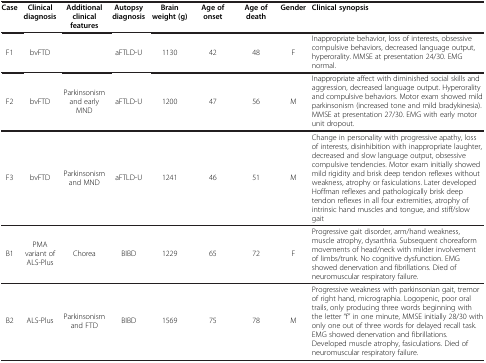
<table><thead><tr><td><b>Case</b></td><td><b>Clinical diagnosis</b></td><td><b>Additional clinical features</b></td><td><b>Autopsy diagnosis</b></td><td><b>Brain weight (g)</b></td><td><b>Age of onset</b></td><td><b>Age of death</b></td><td><b>Gender</b></td><td><b>Clinical synopsis</b></td></tr></thead><tbody><tr><td>F1</td><td>bvFTD</td><td> </td><td>aFTLD-U</td><td>1130</td><td>42</td><td>48</td><td>F</td><td>Inappropriate behavior, loss of interests, obsessive compulsive behaviors, decreased language output, hyperorality. MMSE at presentation 24/30. EMG normal.</td></tr><tr><td>F2</td><td>bvFTD</td><td>Parkinsonism and early MND</td><td>aFTLD-U</td><td>1200</td><td>47</td><td>56</td><td>M</td><td>Inappropriate affect with diminished social skills and aggression, decreased language output. Hyperorality and compulsive behaviors. Motor exam showed mild parkinsonism (increased tone and mild bradykinesia). MMSE at presentation 27/30. EMG with early motor unit dropout.</td></tr><tr><td>F3</td><td>bvFTD</td><td>Parkinsonism and MND</td><td>aFTLD-U</td><td>1241</td><td>46</td><td>51</td><td>M</td><td>Change in personality with progressive apathy, loss of interests, disinhibition with inappropriate laughter, decreased and slow language output, obsessive compulsive tendencies. Motor exam initially showed mild rigidity and brisk deep tendon reflexes without weakness, atrophy or fasiculations. Later developed Hoffman reflexes and pathologically brisk deep tendon reflexes in all four extremities, atrophy of intrinsic hand muscles and tongue, and stiff/slow gait</td></tr><tr><td>B1</td><td>PMA variant of ALS-Plus</td><td>Chorea</td><td>BIBD</td><td>1229</td><td>65</td><td>72</td><td>F</td><td>Progressive gait disorder, arm/hand weakness, muscle atrophy, dysarthria. Subsequent choreaform movements of head/neck with milder involvement of limbs/trunk. No cognitive dysfunction. EMG showed denervation and fibrillations. Died of neuromuscular respiratory failure.</td></tr><tr><td>B2</td><td>ALS-Plus</td><td>Parkinsonism and FTD</td><td>BIBD</td><td>1569</td><td>75</td><td>78</td><td>M</td><td>Progressive weakness with parkinsonian gait, tremor of right hand, micrographia. Logopenic, poor oral trails, only producing three words beginning with the letter “f” in one minute, MMSE initially 28/30 with only one out of three words for delayed recall task. EMG showed denervation and fibrillations. Developed muscle atrophy, fasiculations. Died of neuromuscular respiratory failure.</td></tr></tbody></table>